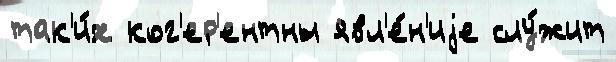
так'и́х ког'ер'ентны явл'е́н'иjе слу́жит